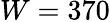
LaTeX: W=370